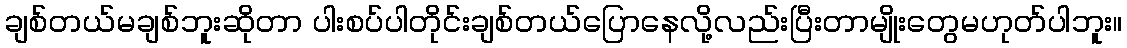
ချစ်တယ်မချစ်ဘူးဆိုတာ ပါးစပ်ပါတိုင်းချစ်တယ်ပြောနေလို့လည်းပြီးတာမျိုးတွေမဟုတ်ပါဘူး။